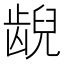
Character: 𫠜